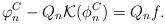
LaTeX: \begin{align*}\varphi_n^C - Q_n \mathcal{K} (\phi_n^C) = Q_n f.\end{align*}